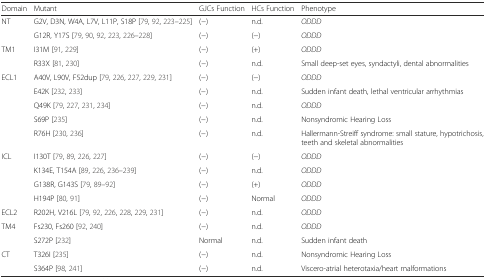
| Domain | Mutant | GJCs Function | HCs Function | Phenotype |
 | --- | --- | --- | --- | --- |
 | <ROWSPAN=2> NT | G2V, D3N, W4A, L7V, L11P, S18P [79, 92, 223–225] | (−) | n.d. | ODDD |
 | G12R, Y17S [79, 90, 92, 223, 226–228] | (−) | (−) | ODDD |
 | <ROWSPAN=2> TM1 | I31M [91, 229] | (−) | (+) | ODDD |
 | R33X [81, 230] | (−) | n.d. | Small deep-set eyes, syndactyli, dental abnormalities |
 | <ROWSPAN=5> ECL1 | A40V, L90V, F52dup [79, 226, 227, 229, 231] | (−) | (−) | ODDD |
 | E42K [232, 233] | (−) | n.d. | Sudden infant death, lethal ventricular arrhythmias |
 | Q49K [79, 227, 231, 234] | (−) | n.d. | ODDD |
 | S69P [235] | (−) | n.d. | Nonsyndromic Hearing Loss |
 | R76H [230, 236] | (−) | n.d. | Hallermann-Streiff syndrome: small stature, hypotrichosis, teeth and skeletal abnormalities |
 | <ROWSPAN=4> ICL | I130T [79, 89, 226, 227] | (−) | (−) | ODDD |
 | K134E, T154A [89, 226, 236–239] | (−) | n.d. | ODDD |
 | G138R, G143S [79, 89–92] | (−) | (+) | ODDD |
 | H194P [80, 91] | (−) | Normal | ODDD |
 | ECL2 | R202H, V216L [79, 92, 226, 228, 229, 231] | (−) | n.d. | ODDD |
 | <ROWSPAN=2> TM4 | Fs230, Fs260 [92, 240] | (−) | n.d. | ODDD |
 | S272P [232] | Normal | n.d. | Sudden infant death |
 | <ROWSPAN=2> CT | T326I [235] | (−) | n.d. | Nonsyndromic Hearing Loss |
 | S364P [98, 241] | (−) | n.d. | Viscero-atrial heterotaxia/heart malformations |